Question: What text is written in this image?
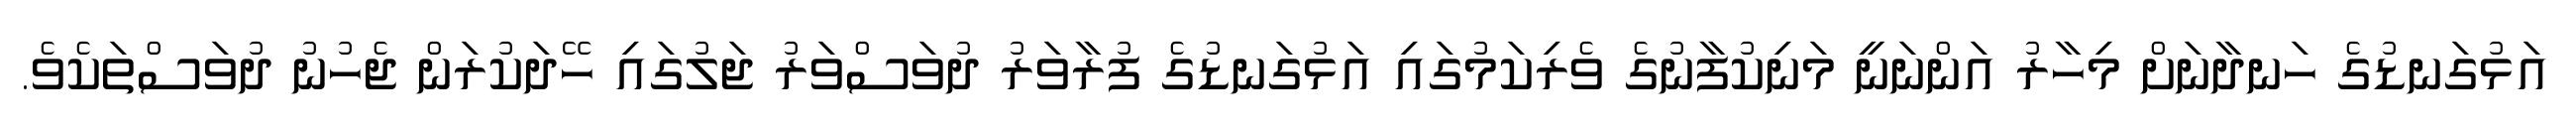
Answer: އަޅުގަނޑުގެ ހަނދާނަށް މިހާރު އަންނަނީ މަނިކުފާނުގެ ވެރިކަމުގައި އަޅުގަނޑުގެ ފުރާވަރު ދުވަސްވަރު ޖަލުގައި ހޭދަކުރަން ޖެހުނު ދުވަސްތަކެވެ.